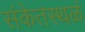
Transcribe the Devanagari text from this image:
संकेतस्थळं